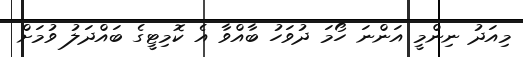
މިއަދު ނިންމީ އަންނަ ހޯމަ ދުވަހު ބާއްވާ އެ ކޮމިޓީގެ ބައްދަލު ވުމަށް